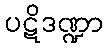
ပဋိဒဏ္ဍာ